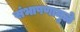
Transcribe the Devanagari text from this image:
संभाषणामुळे